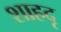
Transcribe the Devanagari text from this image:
शाहदृ